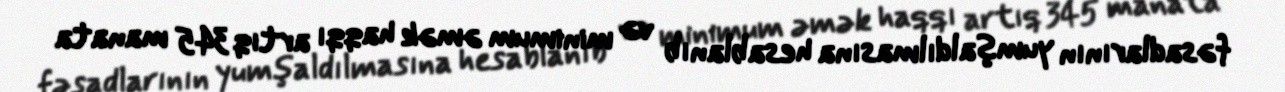
fəsadlarının yumşaldılmasına hesablanıb və minimum əmək haqqı artıq 345 manata